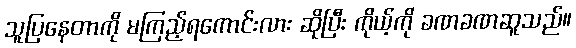
သူပြနေတာကို မကြည့်ရကောင်းလား ဆိုပြီး ကိုယ့်ကို ခဏခဏဆူသည်။